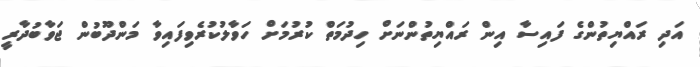
އަދި ރައްޔިތުންގެ ފައިސާ އިން ރައްޔިތުންނަށް ހިދުމަތް ކުރުމަށް ހަވާލުކުރެވިފައިވާ މަންދޫބުން ޖަވާބުދާރީ